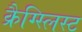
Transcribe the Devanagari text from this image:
क्रैग्स्लिस्ट